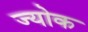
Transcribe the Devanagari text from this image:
ज्योक